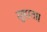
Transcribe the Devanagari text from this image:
सुहाता।